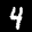
Label: 4